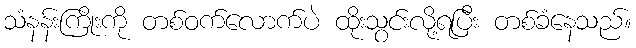
သံနန်းကြိုးကို တစ်ဝက်လောက်ပဲ ထိုးသွင်းလို့ရပြီး တစ်ခံနေသည်။